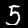
Label: 5